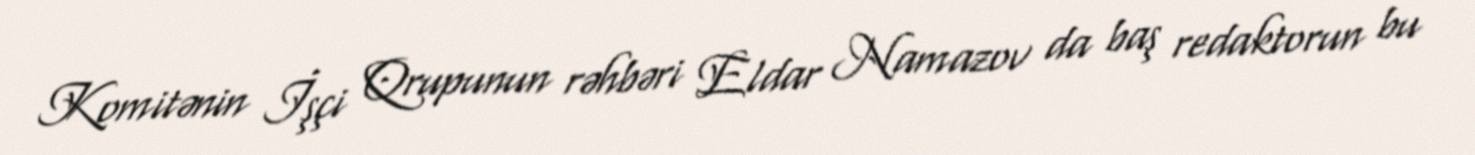
Komitənin İşçi Qrupunun rəhbəri Eldar Namazov da baş redaktorun bu